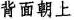
背面朝上